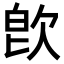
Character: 𣢼